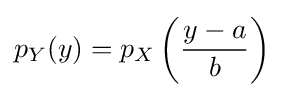
p_{Y}(y)=p_{X}\left({\frac {y-a}{b}}\right)